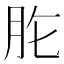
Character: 𦙋